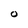
Character: O